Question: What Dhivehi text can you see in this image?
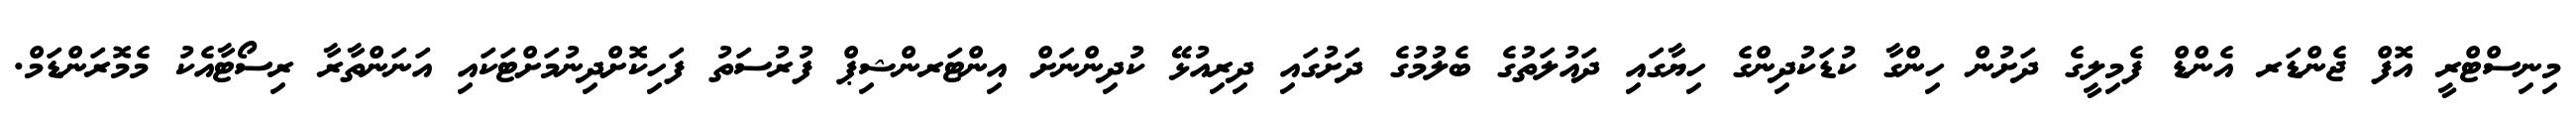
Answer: މިނިސްޓްރީ އޮފް ޖެންޑަރ އެންޑް ފެމިލީގެ ދަށުން ހިންގާ ކުޑަކުދިންގެ ހިޔާގައި ދައުލަތުގެ ބެލުމުގެ ދަށުގައި ދިރިއުޅޭ ކުދިންނަށް އިންޓަރންޝިޕް ފުރުސަތު ފަހިކޮށްދިނުމަށްޓަކައި އަނަންތާރާ ރިސޯޓާއެކު މެމޮރަންޑަމް.